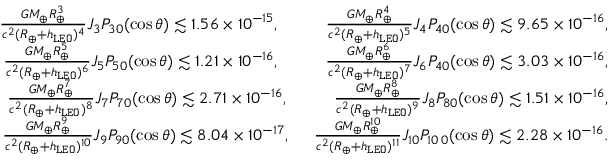
\begin{array} { r } { \frac { G M _ { \oplus } R _ { \oplus } ^ { 3 } } { c ^ { 2 } ( R _ { \oplus } + h _ { \tt L E O } ) ^ { 4 } } J _ { 3 } P _ { 3 0 } ( \cos \theta ) \lesssim 1 . 5 6 \times 1 0 ^ { - 1 5 } , ~ ~ ~ ~ ~ ~ ~ ~ \frac { G M _ { \oplus } R _ { \oplus } ^ { 4 } } { c ^ { 2 } ( R _ { \oplus } + h _ { \tt L E O } ) ^ { 5 } } J _ { 4 } P _ { 4 0 } ( \cos \theta ) \lesssim 9 . 6 5 \times 1 0 ^ { - 1 6 } , } \\ { \frac { G M _ { \oplus } R _ { \oplus } ^ { 5 } } { c ^ { 2 } ( R _ { \oplus } + h _ { \tt L E O } ) ^ { 6 } } J _ { 5 } P _ { 5 0 } ( \cos \theta ) \lesssim 1 . 2 1 \times 1 0 ^ { - 1 6 } , ~ ~ ~ ~ ~ ~ ~ ~ \frac { G M _ { \oplus } R _ { \oplus } ^ { 6 } } { c ^ { 2 } ( R _ { \oplus } + h _ { \tt L E O } ) ^ { 7 } } J _ { 6 } P _ { 4 0 } ( \cos \theta ) \lesssim 3 . 0 3 \times 1 0 ^ { - 1 6 } , } \\ { \frac { G M _ { \oplus } R _ { \oplus } ^ { 7 } } { c ^ { 2 } ( R _ { \oplus } + h _ { \tt L E O } ) ^ { 8 } } J _ { 7 } P _ { 7 0 } ( \cos \theta ) \lesssim 2 . 7 1 \times 1 0 ^ { - 1 6 } , ~ ~ ~ ~ ~ ~ ~ ~ \frac { G M _ { \oplus } R _ { \oplus } ^ { 8 } } { c ^ { 2 } ( R _ { \oplus } + h _ { \tt L E O } ) ^ { 9 } } J _ { 8 } P _ { 8 0 } ( \cos \theta ) \lesssim 1 . 5 1 \times 1 0 ^ { - 1 6 } , } \\ { \frac { G M _ { \oplus } R _ { \oplus } ^ { 9 } } { c ^ { 2 } ( R _ { \oplus } + h _ { \tt L E O } ) ^ { 1 0 } } J _ { 9 } P _ { 9 0 } ( \cos \theta ) \lesssim 8 . 0 4 \times 1 0 ^ { - 1 7 } , ~ ~ ~ ~ \frac { G M _ { \oplus } R _ { \oplus } ^ { 1 0 } } { c ^ { 2 } ( R _ { \oplus } + h _ { \tt L E O } ) ^ { 1 1 } } J _ { 1 0 } P _ { 1 0 \, 0 } ( \cos \theta ) \lesssim 2 . 2 8 \times 1 0 ^ { - 1 6 } . } \end{array}